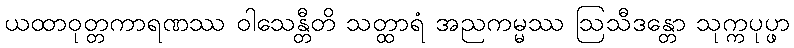
ယထာဝုတ္တကာရဏဿ ဝါသေန္တီတိ သတ္ထာရံ အညကမ္မဿ ဩသီဒန္တော သုက္ကပုပ္ဖာ